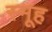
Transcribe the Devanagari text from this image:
स्मूह